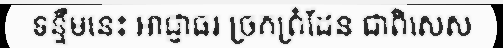
ទន្ទឹមនេះ អាជ្ញាធរ ច្រកព្រំដែន ជាពិសេស